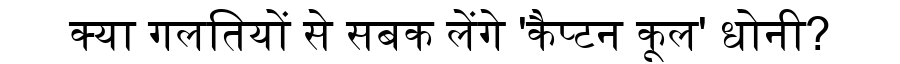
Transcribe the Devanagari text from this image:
क्या गलतियों से सबक लेंगे 'कैप्टन कूल' धोनी?